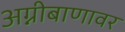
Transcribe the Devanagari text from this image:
अग्नीबाणावर